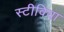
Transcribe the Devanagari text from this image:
स्टीविया